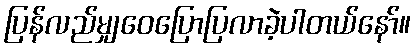
ပြန်လည်မျှဝေပြောပြလာခဲ့ပါတယ်နော်။